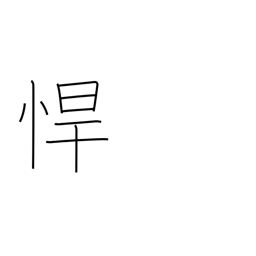
Meaning: rough